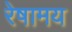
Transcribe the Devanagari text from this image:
रेषामय